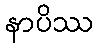
နာပိဿ